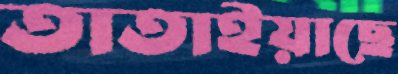
তাতাইয়াছে